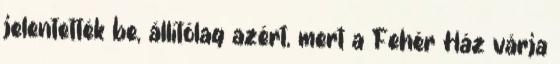
jelentették be, állítólag azért, mert a Fehér Ház várja